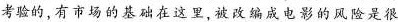
考验的,有市场的基础在这里,被改编成电影的风险是很